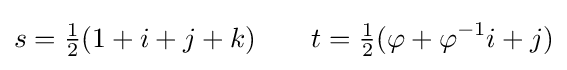
s={\tfrac {1}{2}}(1+i+j+k)\qquad t={\tfrac {1}{2}}(\varphi +\varphi ^{-1}i+j)